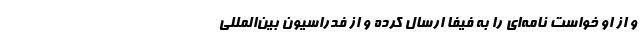
و از او خواست نامه‌ای را به فیفا ارسال کرده و از فدراسیون بین‌المللی